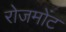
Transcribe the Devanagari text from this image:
रोजमोंट